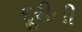
દૂરીની